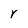
Character: Y